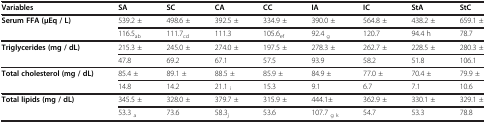
<table><thead><tr><td><b>Variables</b></td><td><b>SA</b></td><td><b>SC</b></td><td><b>CA</b></td><td><b>CC</b></td><td><b>IA</b></td><td><b>IC</b></td><td><b>StA</b></td><td><b>StC</b></td></tr></thead><tbody><tr><td rowspan="2"><b>Serum FFA (μEq / L)</b></td><td>539.2 ±</td><td>498.6 ±</td><td>392.5 ±</td><td>334.9 ±</td><td>390.0 ±</td><td>564.8 ±</td><td>438.2 ±</td><td>659.1 ±</td></tr><tr><td>116.5<sub>ab</sub></td><td>111.7<sub>cd</sub></td><td>111.3</td><td>105.6<sub>ef</sub></td><td>92.4 <sub>g</sub></td><td>120.7</td><td>94.4 h</td><td>78.7</td></tr><tr><td rowspan="2"><b>Triglycerides (mg / dL)</b></td><td>215.3 ±</td><td>245.0 ±</td><td>274.0 ±</td><td>197.5 ±</td><td>278.3 ±</td><td>262.7 ±</td><td>228.5 ±</td><td>280.3 ±</td></tr><tr><td>47.8</td><td>69.2</td><td>67.1</td><td>57.5</td><td>93.9</td><td>58.2</td><td>51.8</td><td>106.1</td></tr><tr><td rowspan="2"><b>Total cholesterol (mg / dL)</b></td><td>85.4 ±</td><td>89.1 ±</td><td>88.5 ±</td><td>85.9 ±</td><td>84.9 ±</td><td>77.0 ±</td><td>70.4 ±</td><td>79.9 ±</td></tr><tr><td>14.8</td><td>14.2</td><td>21.1 <sub>i</sub></td><td>15.3</td><td>9.1</td><td>6.7</td><td>7.1</td><td>10.6</td></tr><tr><td rowspan="2"><b>Total lipids (mg / dL)</b></td><td>345.5 ±</td><td>328.0 ±</td><td>379.7 ±</td><td>315.9 ±</td><td>444.1±</td><td>362.9 ±</td><td>330.1 ±</td><td>329.1 ±</td></tr><tr><td>53.3 <sub>a</sub></td><td>73.6</td><td>58.3<sub>j</sub></td><td>53.6</td><td>107.7 <sub>g k</sub></td><td>54.7</td><td>53.3</td><td>78.8</td></tr></tbody></table>